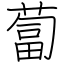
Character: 蔔